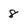
Character: 8